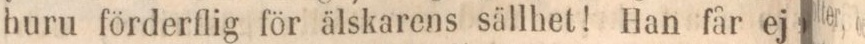
huru förderflig för älskarens sällhet! Han får ej